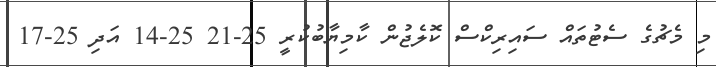
މި މެޗުގެ ސެޓުތައް ސައިރިކްސް ކޮލެޖުން ކާމިޔާބުކުރީ 25-21 25-14 އަދި 25-17